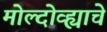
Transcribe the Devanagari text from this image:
मोल्दोव्ह्याचे